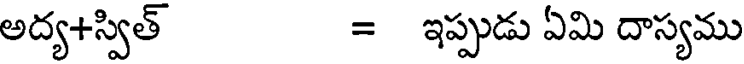
అద్య+స్విత్ = ఇప్పుడు ఏమి దాస్యము